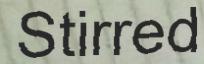
Stirred